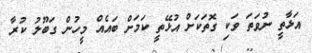
އަޅާތީ ނުވަތަ ވަކި ގޮތަކަށް އުޅޭތީ ކަމަށް ބަައެއް މީހުން ގަބޫލު ކުރާ